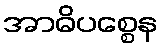
အာဓိပစ္စေန